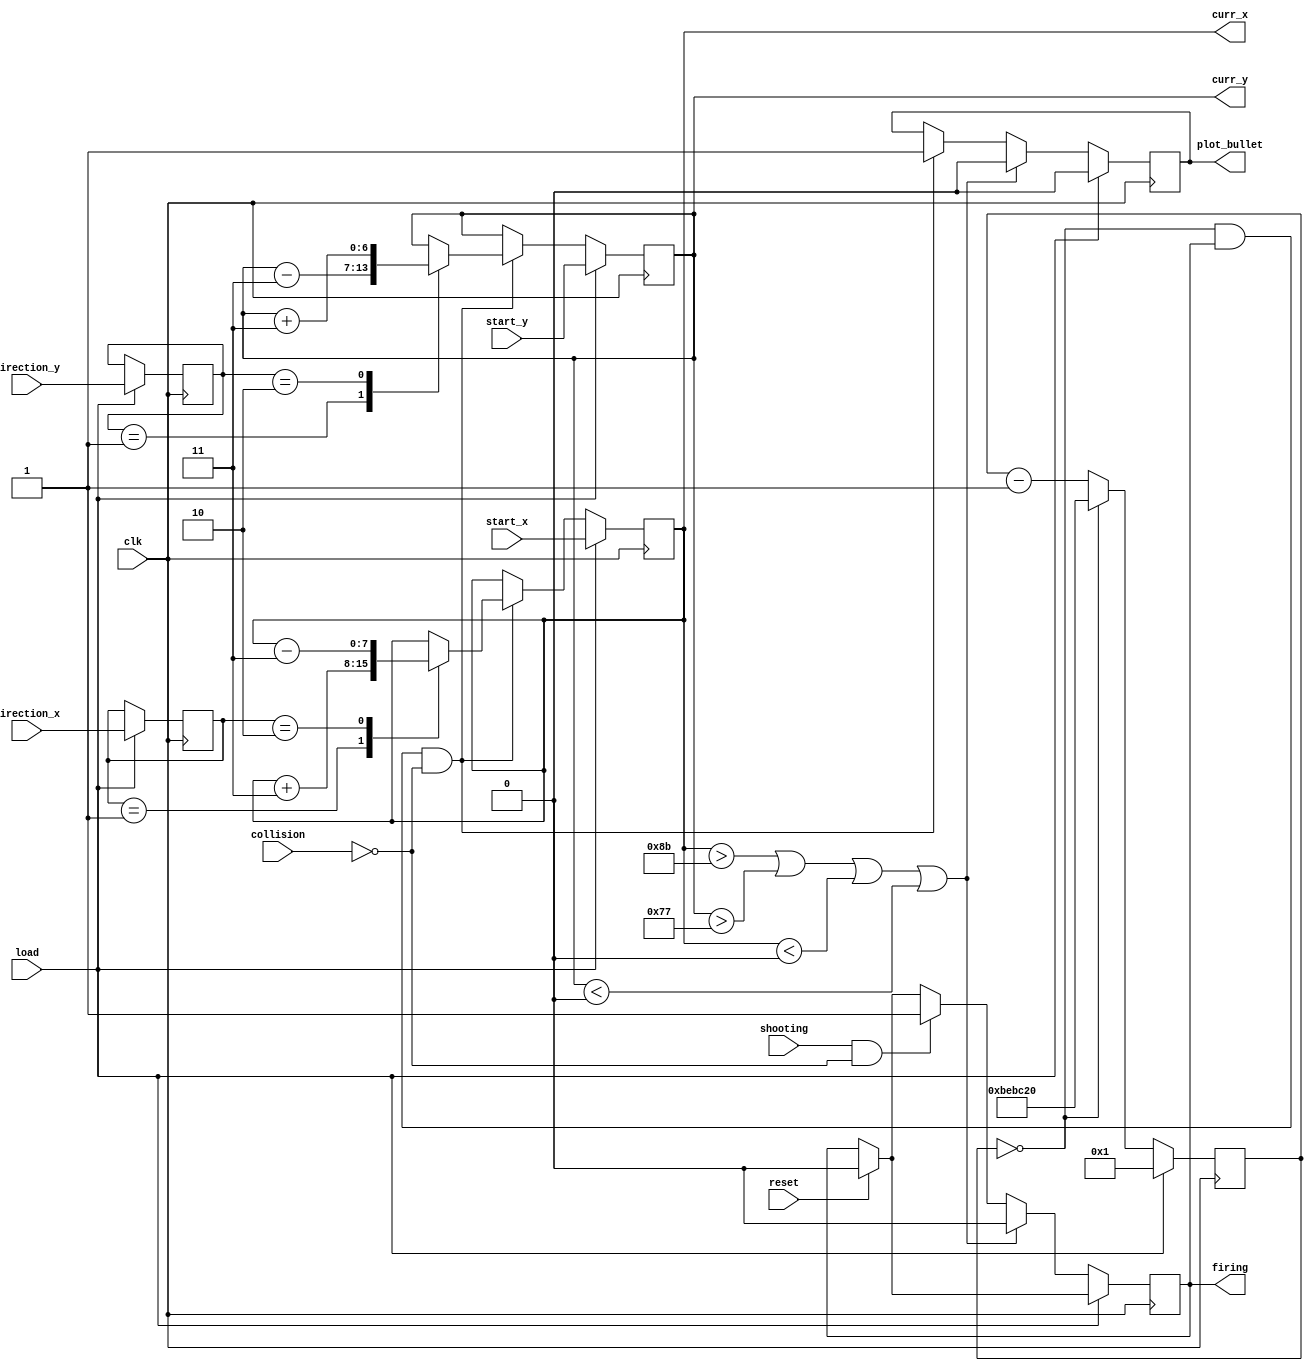
module bullet (clk, load, shooting, reset, firing, direction_x, direction_y, 
		start_x, start_y, collision, curr_x, curr_y, plot_bullet);
		
	input clk, reset, collision, load, shooting;
	input [7:0] start_x;
	input [6:0] start_y;
	input [1:0] direction_x, direction_y;

	output reg firing, plot_bullet;
	reg [23:0] time_counter;
	reg [1:0] curr_direct_x;
	reg [1:0] curr_direct_y;
	
	output reg [7:0] curr_x;
	output reg [6:0] curr_y;


	always @(posedge clk)
		begin: timer_count
			
		
			if (reset) begin
				firing <= 1'b0; 
						
			end
			if(load) begin
				time_counter <= 24'd1;
				curr_x <= start_x;
				curr_y <= start_y;
				curr_direct_x <= direction_x;
			   curr_direct_y <= direction_y;
				plot_bullet <= 1'b0;

			end
			else begin
				time_counter <= time_counter == 24'd0 ? 24'd12500000 : time_counter - 1;
				if(time_counter == 24'd0 && firing == 1'b1 && !collision) begin
					plot_bullet <= 1'b1;
					case (curr_direct_x)
						2'b00: curr_x <= curr_x;
						2'b01: curr_x <= curr_x + 3;
						2'b10: curr_x <= curr_x - 3;
						default: curr_x <= curr_x;
					endcase
				
					case (curr_direct_y)
						2'b00: curr_y <= curr_y;
						2'b01: curr_y <= curr_y - 3;
						2'b10: curr_y <= curr_y + 3;
						default: curr_y <= curr_y;	
					endcase
				end
				if (curr_x > 8'b10001011 || curr_y > 7'b1110111 || curr_x < 8'b0 || curr_y < 8'b0) begin
					firing <= 1'b0;
					plot_bullet <= 1'b0;
				end
				else if(shooting && !collision)
					firing <= 1'b1;
	
			end
		end
	
endmodule